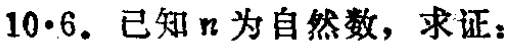
已知\(n\)为自然数，求证：